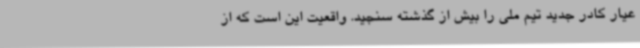
عیار کادر جدید تیم ملی را بیش از گذشته سنجید. واقعیت این است که از